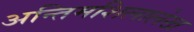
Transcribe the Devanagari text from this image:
अन्तिमशिलालेख